Annual report of the Punjab Veterinary College and of the Civil Veterinary Department, Punjab - 1909-1919
Year: 1909
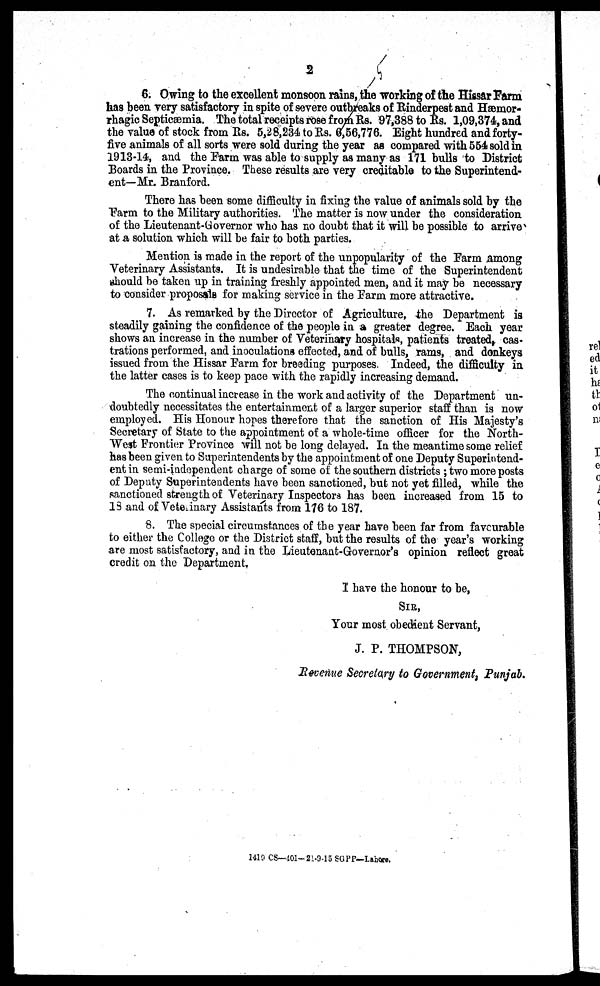
2
6. Owing to the excellent monsoon rains, the working of the Hissar Farm
has been very satisfactory in spite of severe outbreaks of Rinderpest and Hæmor-
rhagic Septicæmia. The total receipts rose from Rs. 97,388 to Rs. 1,09,374, and
the value of stock from Rs. 5,28,234 to Rs. 6,56,776. Eight hundred and forty-
five animals of all sorts were sold during the year as compared with 554 sold in
1913-14, and the Farm was able to supply as many as 171 bulls to District
Boards in the Province. These results are very creditable to the Superintend-
ent—Mr. Branford.
There has been some difficulty in fixing the value of animals sold by the
Farm to the Military authorities. The matter is now under the consideration
of the Lieutenant-Governor who has no doubt that it will be possible to arrive
at a solution which will be fair to both parties.
Mention is made in the report of the unpopularity of the Farm among
Veterinary Assistants. It is undesirable that the time of the Superintendent
should be taken up in training freshly appointed men, and it may be necessary
to consider proposals for making service in the Farm more attractive.
7. As remarked by the Director of Agriculture, the Department is
steadily gaining the confidence of the people in a greater degree. Each year
shows an increase in the number of Veterinary hospitals, patients treated, cas-
trations performed, and inoculations effected, and of bulls, rams, and donkeys
issued from the Hissar Farm for breeding purposes. Indeed, the difficulty in
the latter cases is to keep pace with the rapidly increasing demand.
The continual increase in the work and activity of the Department un-
doubtedly necessitates the entertainment of a larger superior staff than is now
employed. His Honour hopes therefore that the sanction of His Majesty's
Secretary of State to the appointment of a whole-time officer for the North-
West Frontier Province will not be long delayed. In the meantime some relief
has been given to Superintendents by the appointment of one Deputy Superintend-
ent in semi-independent charge of some of the southern districts; two more posts
of Deputy Superintendents have been sanctioned, but not yet filled, while the
sanctioned strength of Veterinary Inspectors has been increased from 15 to
13 and of Veterinary Assistants from 176 to 187.
8. The special circumstances of the year have been far from favourable
to either the College or the District staff, but the results of the year's working
are most satisfactory, and in the Lieutenant-Governor's opinion reflect great
credit on the Department
I have the honour to be,
SIR,
Your most obedient Servant,
J. P. THOMPSON,
Revenue Secretary to Government, Punjab.
1419 CS—401-21-9-15 SGPP—Lahore.